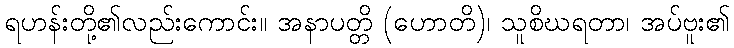
ရဟန်းတို့၏လည်းကောင်း။ အနာပတ္တိ (ဟောတိ)၊ သူစိဃရတာ၊ အပ်ဗူး၏